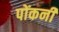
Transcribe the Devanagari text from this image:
पोंकनी